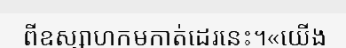
ពីឧស្សាហកម្មកាត់ដេរនេះ។«យើង